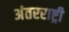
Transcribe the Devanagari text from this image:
अंतरराष्ट्री